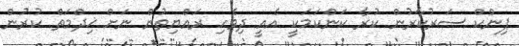
ޕިންކް ސަރުކާރުން ކުރާ ކަންކަމަކީ އެއީ ދިވެހި ރައްޔިތުން ނަށް ޚިދްމަތް ކުރުން